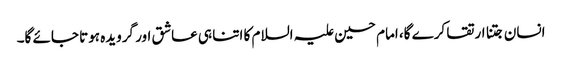
انسان جتنا ارتقا کرے گا، امام حسین علیہ السلام کا اتنا ہی عاشق اور گرویدہ ہوتا جائے گا۔